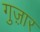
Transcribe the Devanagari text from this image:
गुज़़ार